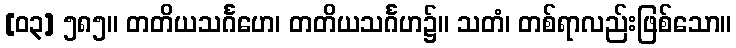
[၀၃] ၅၈၅။ တတိယသင်္ဂဟေ၊ တတိယသင်္ဂဟ၌။ သတံ၊ တစ်ရာလည်းဖြစ်သော။